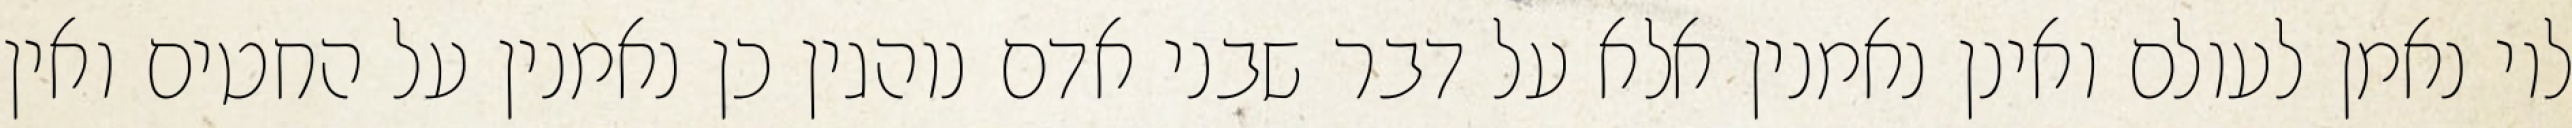
לוי נאמן לעולם ואינן נאמנין אלא על דבר שבני אדם נוהגין כן נאמנין על החטים ואין